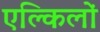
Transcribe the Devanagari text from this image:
एल्किलों